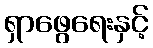
ရှာဖွေရေးနှင့်